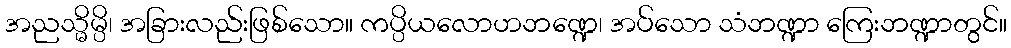
အညသ္မိမ္ပိ၊ အခြားလည်းဖြစ်သော။ ကပ္ပိယလောဟဘဏ္ဍေ၊ အပ်သော သံဘဏ္ဍာ ကြေးဘဏ္ဍာတွင်။